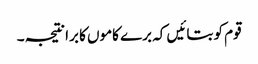
قوم کو بتائیں کہ برے کاموں کا برا نتیجہ ۔